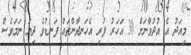
މިއަދު އެ އުދުވާނަށް 30 އަހަރު ފުރި އެހަނދާންތައް ފަނޑުވެ ދިޔަ ނަމަވެސް